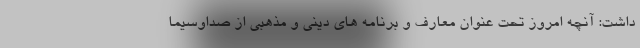
داشت: آنچه امروز تحت عنوان معارف و برنامه های دینی و مذهبی از صداوسیما